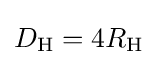
D_{\text{H}}=4R_{\text{H}}